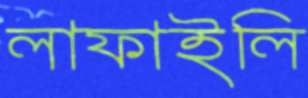
লাফাইলি